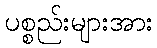
ပစ္စည်းများအား